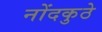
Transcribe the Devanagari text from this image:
नोंदकुठे